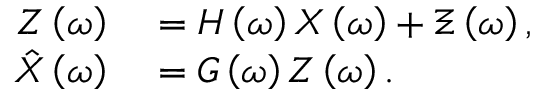
\begin{array} { r l } { Z \left( \omega \right) } & { { } = H \left( \omega \right) X \left( \omega \right) + \Xi \left( \omega \right) , } \\ { \hat { X } \left( \omega \right) } & { { } = G \left( \omega \right) Z \left( \omega \right) . } \end{array}